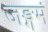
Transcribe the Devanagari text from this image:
जङ्गमं